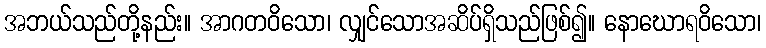
အဘယ်သည်တို့နည်း။ အာဂတဝိသော၊ လျှင်သောအဆိပ်ရှိသည်ဖြစ်၍။ နောဃောရဝိသော၊